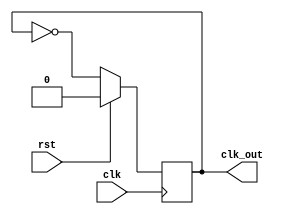
module divider_2(clk, rst, clk_out);
	input clk, rst;
	output reg clk_out;
	always @(posedge clk)
	begin
	if (rst)
		clk_out <= 1'b0;
	else
		clk_out <= ~clk_out;
	end
endmodule